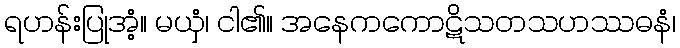
ရဟန်းပြုအံ့။ မယှံ၊ ငါ၏။ အနေကကောဋိသတသဟဿဓနံ၊